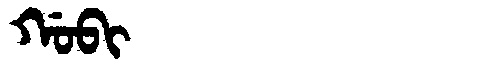
Manchu: ᡤᠣᠪᡳ
Romanization: GOBI